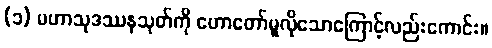
(၁) မဟာသုဒဿနသုတ်ကို ဟောတော်မူလိုသောကြောင့်လည်းကောင်း။